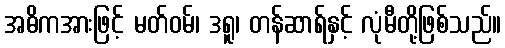
အဓိကအားဖြင့် မတ်ဝမ်၊ ဒရူ၊ တန်ဆာရ်နှင့် လုံမီတို့ဖြစ်သည်။